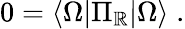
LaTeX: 0=\langle\Omega\vert\Pi_{\mathbb{R}}\vert\Omega\rangle\; .